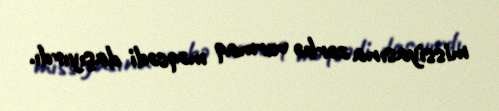
missiyasına zərbə vurmaq məqsədi daşıyırdı.